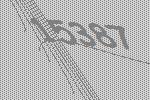
15387